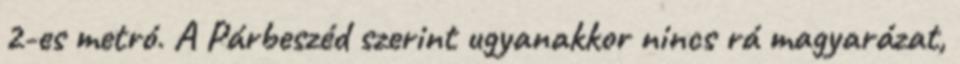
2-es metró. A Párbeszéd szerint ugyanakkor nincs rá magyarázat,